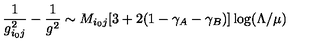
\frac { 1 } { g _ { i _ { 0 } j } ^ { 2 } } - \frac { 1 } { g ^ { 2 } } \sim M _ { i _ { 0 } j } [ 3 + 2 ( 1 - \gamma _ { A } - \gamma _ { B } ) ] \log ( \Lambda / \mu )